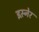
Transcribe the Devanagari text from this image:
इस़्नेर